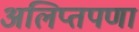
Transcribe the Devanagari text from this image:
अलिप्तपणा